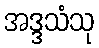
အဒ္ဒသံသု